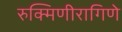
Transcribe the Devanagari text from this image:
रुक्मिणीरागिणे